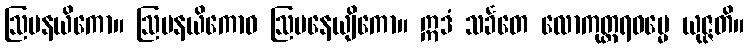
ဩပနယိကော။ ဩပနယိကောဝ ဩပနေယျိကော။ ဣဒံ သင်္ခတေ လောကုတ္တရဓမ္မေ ယုဇ္ဇတိ။